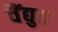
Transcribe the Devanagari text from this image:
वैंद्युत